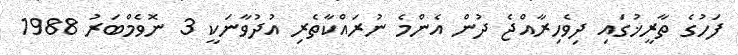
ފަހުގެ ތާރީޚުގައި ދިވެހިރާއްޖެ ދުން އެންމެ ނުރައްކާތެރި އުދުވާނަކީ 3 ނޮވެމްބަރު 1988